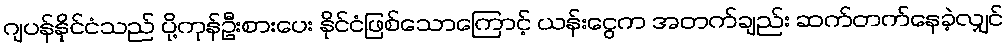
ဂျပန်နိုင်ငံသည် ပို့ကုန်ဦးစားပေး နိုင်ငံဖြစ်သောကြောင့် ယန်းငွေက အတက်ချည်း ဆက်တက်နေခဲ့လျှင်